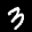
Label: 3